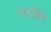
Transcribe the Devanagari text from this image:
गलबिस